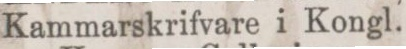
Kammarskrifvare i Kongl.